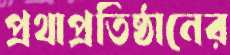
প্রথাপ্রতিষ্ঠানের